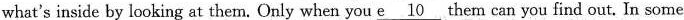
what's inside by looking at them. Only when you \underline{e10} them can you find out. In some